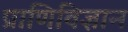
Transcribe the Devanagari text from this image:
प्राणिविज्ञान